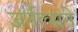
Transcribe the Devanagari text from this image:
जर्नल्सने